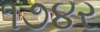
૧૭૪ર